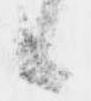
候